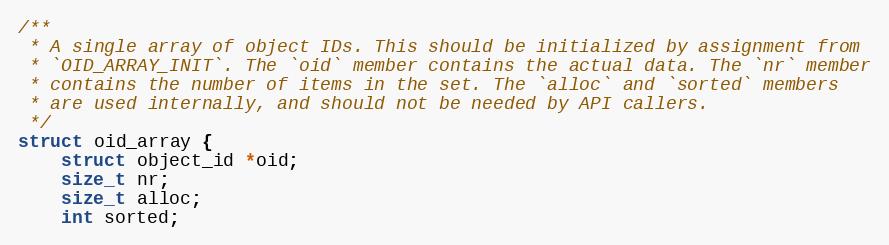
Language: C
/**
 * A single array of object IDs. This should be initialized by assignment from
 * `OID_ARRAY_INIT`. The `oid` member contains the actual data. The `nr` member
 * contains the number of items in the set. The `alloc` and `sorted` members
 * are used internally, and should not be needed by API callers.
 */
struct oid_array {
	struct object_id *oid;
	size_t nr;
	size_t alloc;
	int sorted;